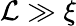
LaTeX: \mathcal{L}\gg\xi